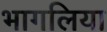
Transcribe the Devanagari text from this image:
भागलिया